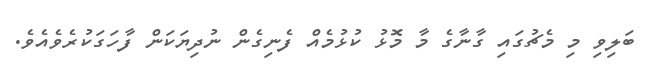
ބަލިވި މި މެޗުގައި ގާނާގެ މާ މޮޅު ކުޅުމެއް ފެނިގެން ނުދިޔަކަން ފާހަގަކުރެވެއެވެ.